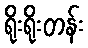
ရိုးရိုးတန်း